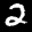
Label: 2